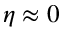
\eta \approx 0